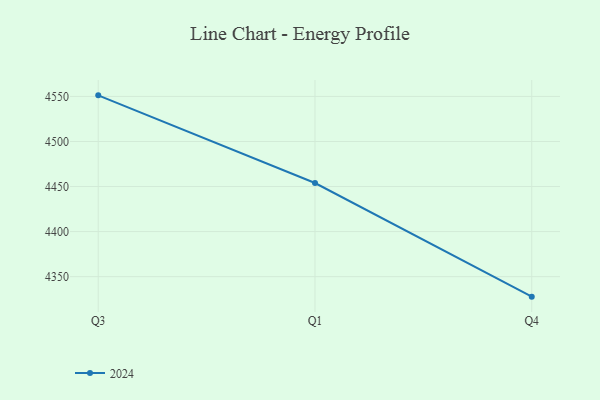
{"axis": {"x": "Quarter", "y": "Bounce Rate (%)"}, "legend": ["2024"], "data": [{"x": "Q3", "y": 4551.2, "type": "2024"}, {"x": "Q1", "y": 4453.9, "type": "2024"}, {"x": "Q4", "y": 4327.8, "type": "2024"}]}